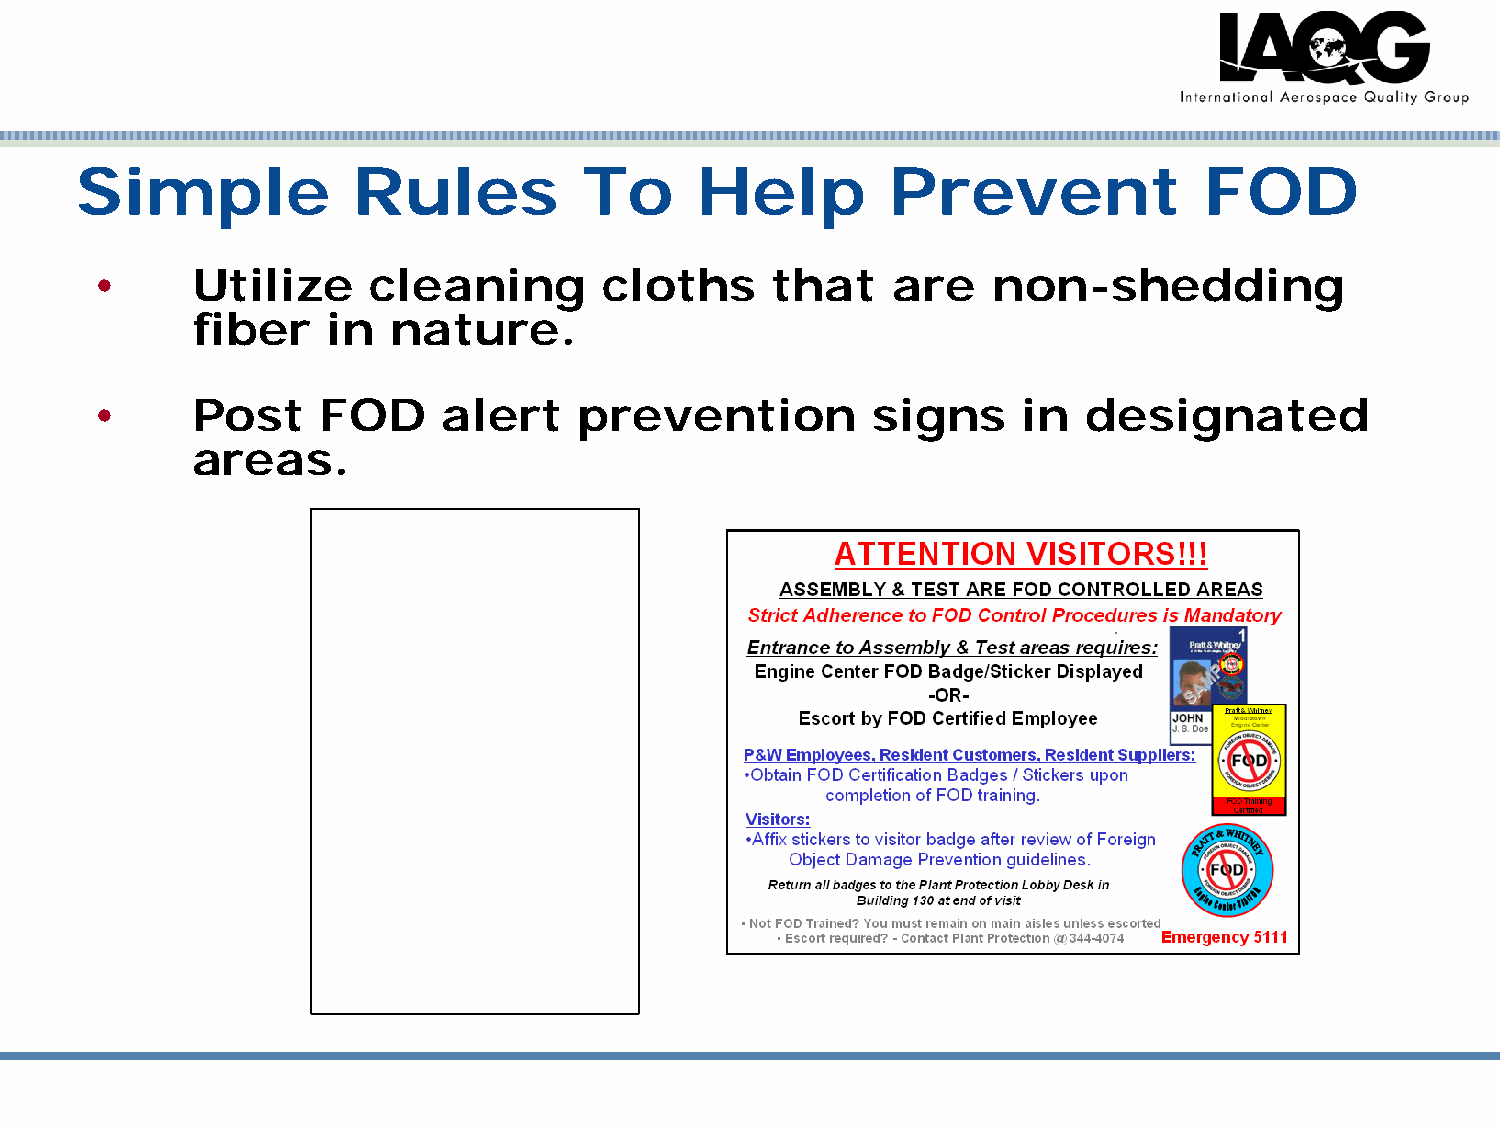
Simple            Rules           To     Help         Prevent              FOD
 •      Utilize    cleaning        cloths     that    are    non-shedding
 fiber    in  nature.
 •      Post    FOD     alert    prevention          signs     in  designated
 areas.